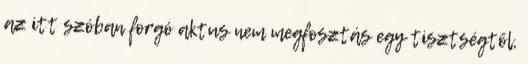
az itt szóban forgó aktus nem megfosztás egy tisztségtől,